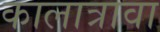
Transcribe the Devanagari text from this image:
कालात्रावा